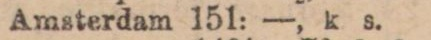
Amsterdam 151: —, k s.